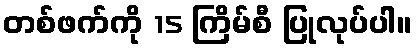
တစ်ဖက်ကို 15 ကြိမ်စီ ပြုလုပ်ပါ။